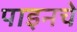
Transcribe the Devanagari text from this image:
पाइनचे